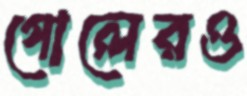
গোলেরও